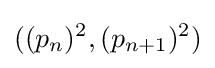
((p_{n})^{2},(p_{n+1})^{2})